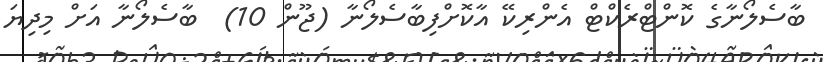
ބާސެލޯނާގެ ކޮންޓްރެކްޓް އެންރިކޭ އާކޮށްފިބާސެލޯނާ (ޖޫން 10)  ބާސެލޯނާ އަށް މިދިޔަ